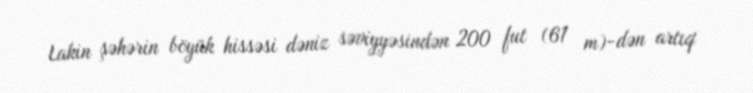
Lakin şəhərin böyük hissəsi dəniz səviyyəsindən 200 fut (61 m)-dən artıq